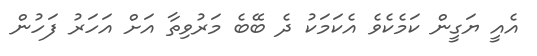
އެއީ ޔަގީން ކަމެކެވެ އެކަމަކު ދެ ބޭބެ މަރުވިތާ އަށް އަހަރު ފަހުން